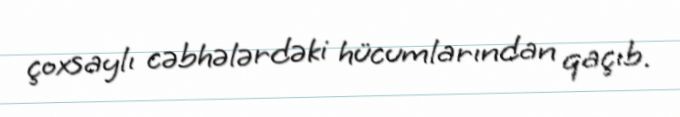
çoxsaylı cəbhələrdəki hücumlarından qaçıb.